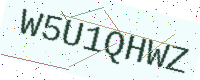
Text: W5U1QHWZ